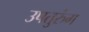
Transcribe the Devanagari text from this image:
उपतुरुंग